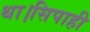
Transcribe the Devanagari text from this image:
था।सिपाही